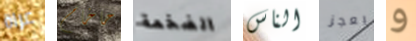
عراة حاخام الضخمة الناس يعجز و